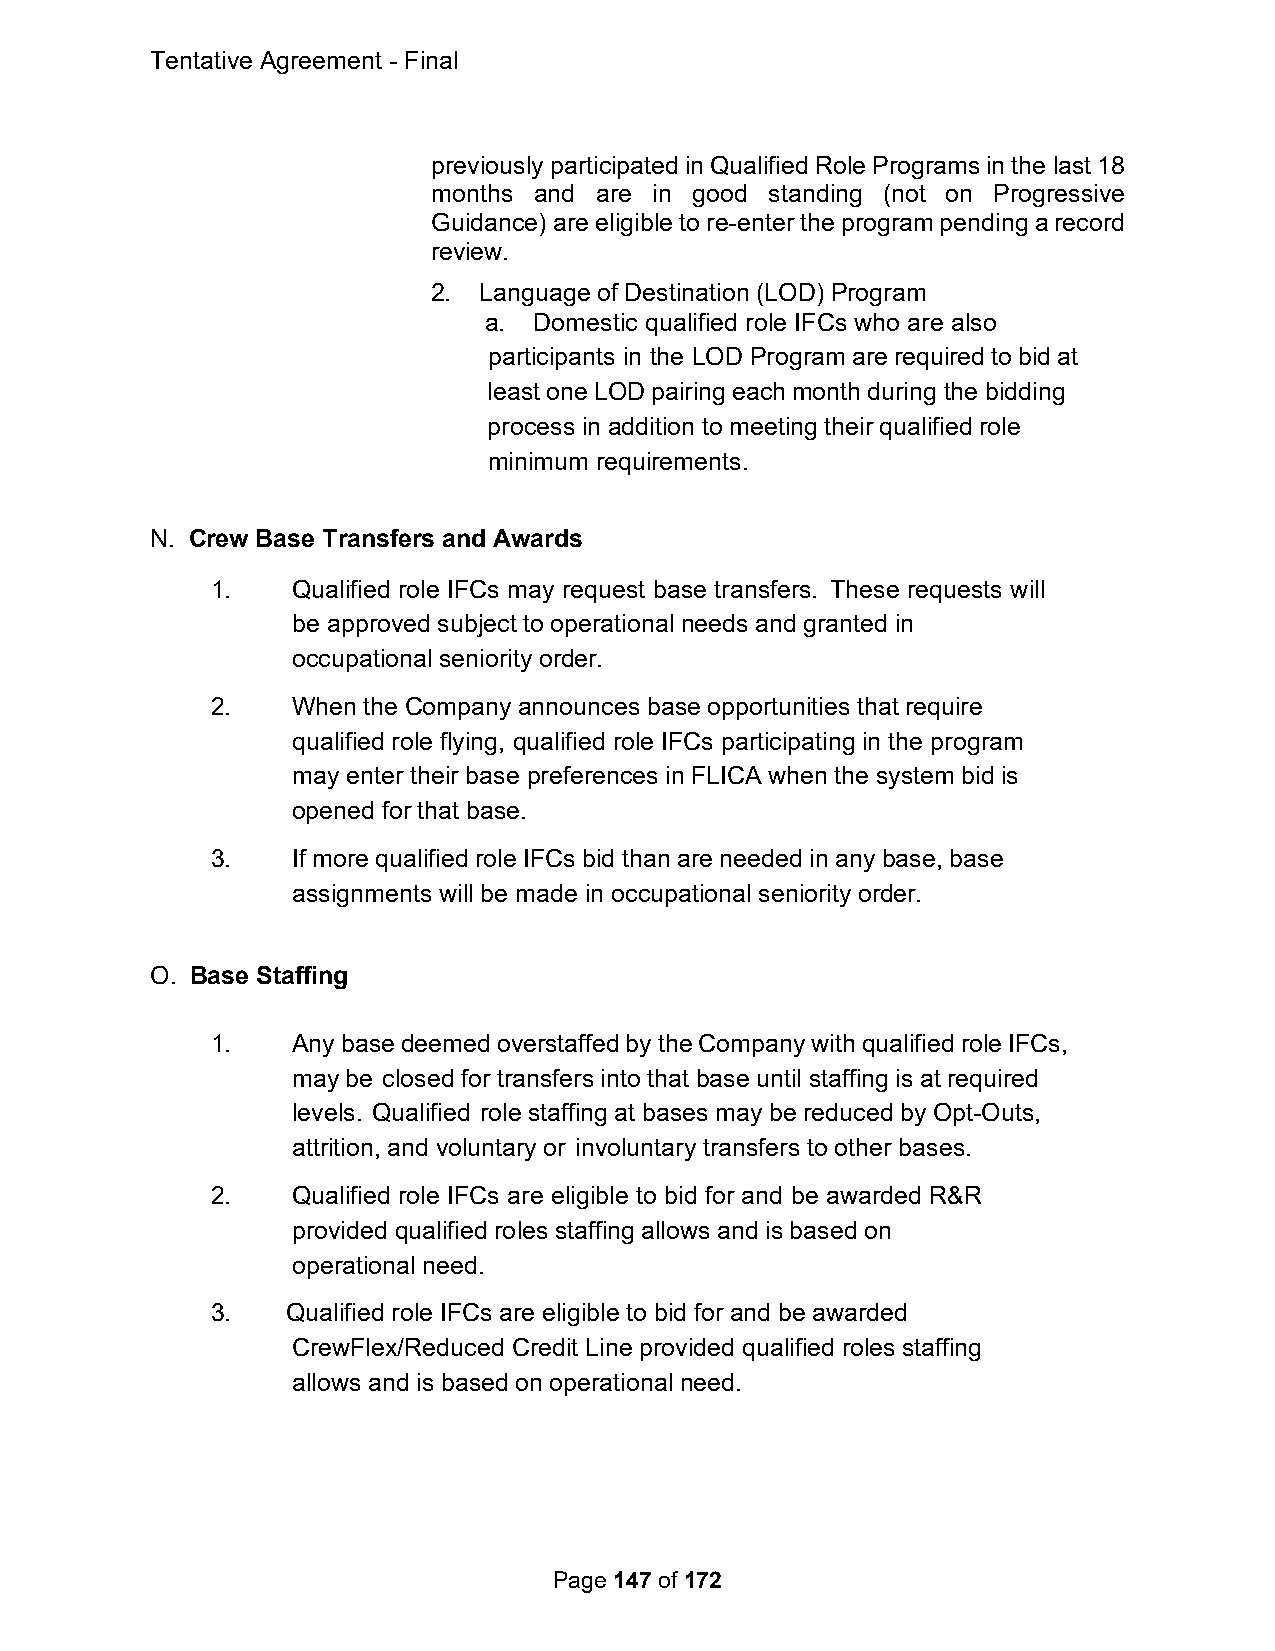
Tentative Agreement - Final
 previously participated in Qualified Role Programs in the last 18
 months and are in good standing (not on Progressive
 Guidance) are eligible to re-enter the program pending a record
 review.
 2. Language of Destination (LOD) Program
 a. Domestic qualified role IFCs who are also
 participants in the LOD Program are required to bid at
 least one LOD pairing each month during the bidding
 process in addition to meeting their qualified role
 minimum requirements.
 N. Crew Base Transfers and Awards
 1.   Qualified role IFCs may request base transfers. These requests will
 be approved subject to operational needs and granted in
 occupational seniority order.
 2.   When the Company announces base opportunities that require
 qualified role flying, qualified role IFCs participating in the program
 may enter their base preferences in FLICA when the system bid is
 opened for that base.
 3.   If more qualified role IFCs bid than are needed in any base, base
 assignments will be made in occupational seniority order.
 O. Base Staffing
 1.   Any base deemed overstaffed by the Company with qualified role IFCs,
 may be closed for transfers into that base until staffing is at required
 levels. Qualified role staffing at bases may be reduced by Opt-Outs,
 attrition, and voluntary or involuntary transfers to other bases.
 2.   Qualified role IFCs are eligible to bid for and be awarded R&R
 provided qualified roles staffing allows and is based on
 operational need.
 3.   Qualified role IFCs are eligible to bid for and be awarded
 CrewFlex/Reduced Credit Line provided qualified roles staffing
 allows and is based on operational need.
 Page 147 of 172